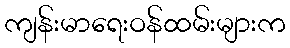
ကျန်းမာရေးဝန်ထမ်းများက